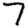
Digit: 7